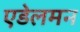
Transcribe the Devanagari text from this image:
एडेलमन